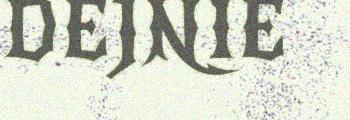
DEJNIE